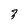
Character: 3